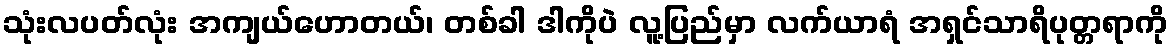
သုံးလပတ်လုံး အကျယ်ဟောတယ်၊ တစ်ခါ ဒါကိုပဲ လူ့ပြည်မှာ လက်ယာရံ အရှင်သာရိပုတ္တရာကို